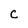
Character: c